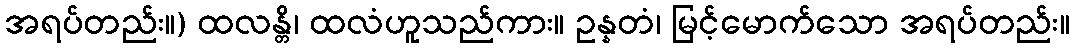
အရပ်တည်း။) ထလန္တိ၊ ထလံဟူသည်ကား။ ဥန္နတံ၊ မြင့်မောက်သော အရပ်တည်း။